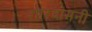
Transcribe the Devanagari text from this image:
शारदामनी